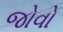
જોવો